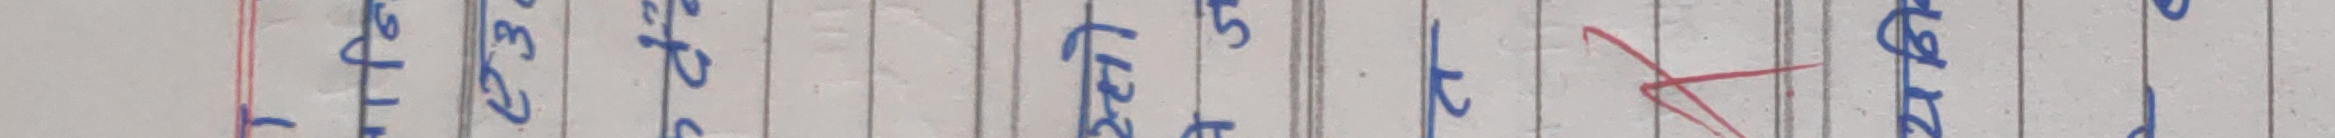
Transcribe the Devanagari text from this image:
७ २३ भाद्र १२ गते